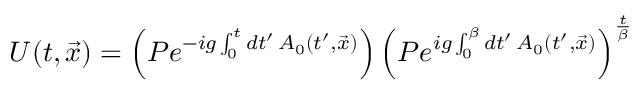
U ( t , \vec { x } ) = \left( P e ^ { - i g \int _ { 0 } ^ { t } d t ^ { \prime } \, A _ { 0 } ( t ^ { \prime } , \vec { x } ) } \right) \left( P e ^ { i g \int _ { 0 } ^ { \beta } d t ^ { \prime } \, A _ { 0 } ( t ^ { \prime } , \vec { x } ) } \right) ^ { { \frac { t } { \beta } } }